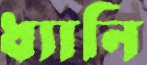
ধ্যানি